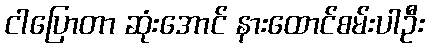
ငါပြောတာ ဆုံးအောင် နားထောင်စမ်းပါဦး